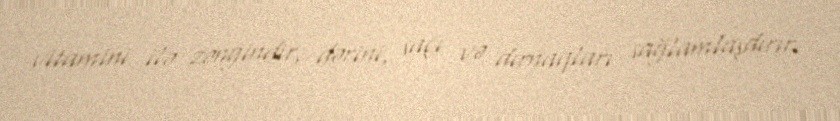
vitamini ilə zəngindir, dərini, saçı və dırnaqları sağlamlaşdırır.